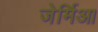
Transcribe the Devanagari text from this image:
जेर्मिआ